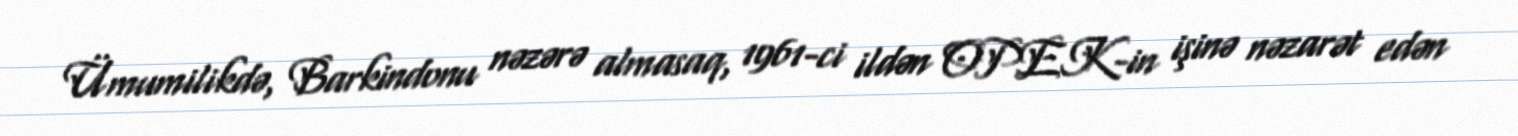
Ümumilikdə, Barkindonu nəzərə almasaq, 1961-ci ildən OPEK-in işinə nəzarət edən